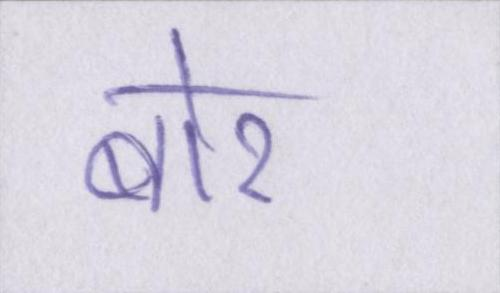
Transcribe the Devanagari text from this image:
बोर